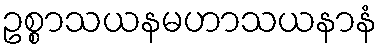
ဥစ္စာသယနမဟာသယနာနံ